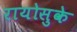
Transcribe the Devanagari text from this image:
रायोसुके